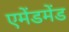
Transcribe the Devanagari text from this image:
एमेंडमेंड